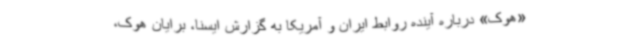
«هوک» درباره آینده روابط ایران و آمریکا به گزارش ایسنا، برایان هوک،